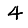
Digit: 4